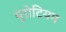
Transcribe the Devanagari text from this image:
यूरोटियम